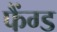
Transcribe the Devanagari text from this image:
फैंग्ड